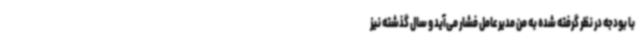
با بودجه در نظر گرفته شده به من مدیرعامل فشار می‌آید و سال گذشته نیز